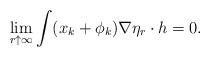
LaTeX: \begin{align*}\lim_{r\uparrow\infty}\int(x_k+\phi_k)\nabla\eta_r\cdot h=0.\end{align*}